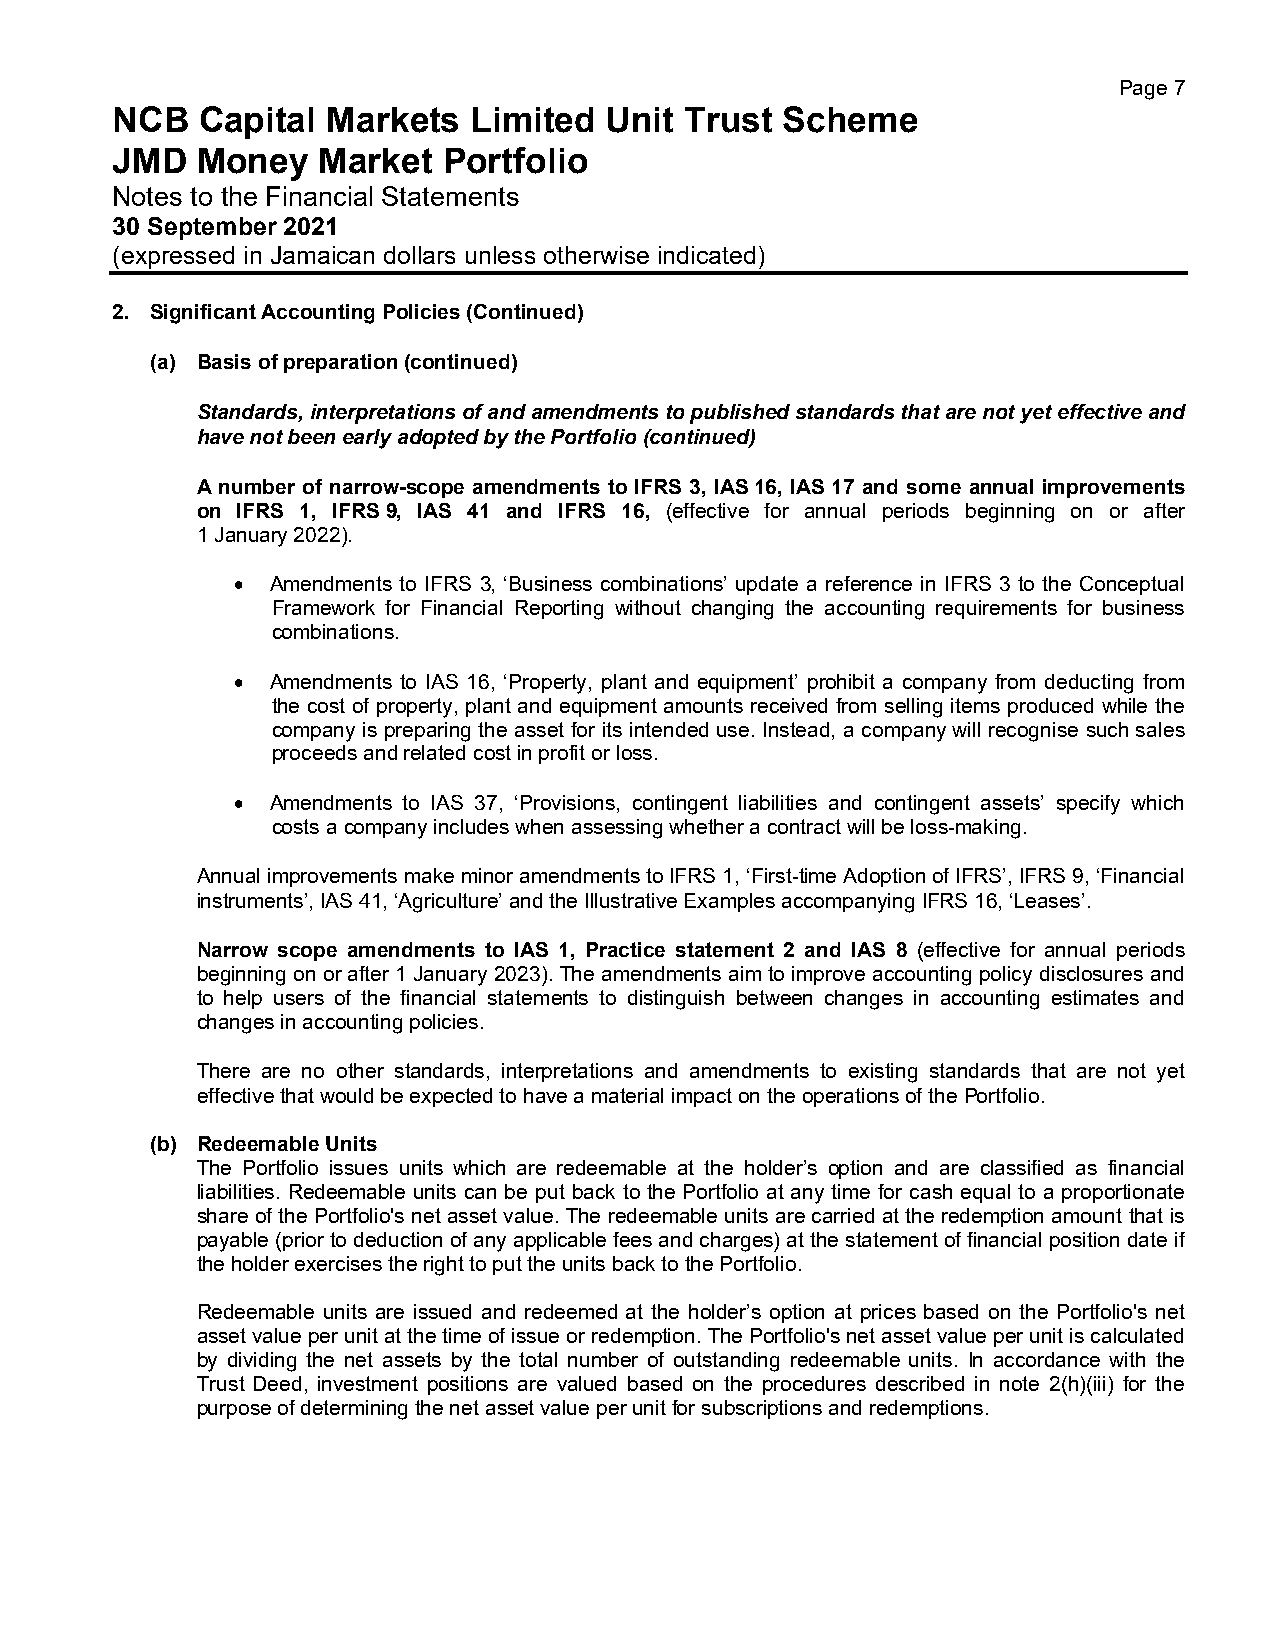
Page 7
 NCB   Capital  Markets  Limited  Unit Trust  Scheme
 JMD   Money   Market  Portfolio
 Notes to the Financial Statements
 30 September 2021
 (expressed in Jamaican dollars unless otherwise indicated)
 2. Significant Accounting Policies (Continued)
 (a) Basis of preparation (continued)
 Standards, interpretations of and amendments to published standards that are not yet effective and
 have not been early adopted by the Portfolio (continued)
 A number of narrow-scope amendments to IFRS 3, IAS 16, IAS 17 and some annual improvements
 on IFRS 1, IFRS 9, IAS 41 and IFRS 16, (effective for annual periods beginning on or after
 1 January 2022).
 • Amendments to IFRS 3, ‘Business combinations’ update a reference in IFRS 3 to the Conceptual
 Framework for Financial Reporting without changing the accounting requirements for business
 combinations.
 • Amendments to IAS 16, ‘Property, plant and equipment’ prohibit a company from deducting from
 the cost of property, plant and equipment amounts received from selling items produced while the
 company is preparing the asset for its intended use. Instead, a company will recognise such sales
 proceeds and related cost in profit or loss.
 • Amendments to IAS 37, ‘Provisions, contingent liabilities and contingent assets’ specify which
 costs a company includes when assessing whether a contract will be loss-making.
 Annual improvements make minor amendments to IFRS 1, ‘First-time Adoption of IFRS’, IFRS 9, ‘Financial
 instruments’, IAS 41, ‘Agriculture’ and the Illustrative Examples accompanying IFRS 16, ‘Leases’.
 Narrow scope amendments to IAS 1, Practice statement 2 and IAS 8 (effective for annual periods
 beginning on or after 1 January 2023). The amendments aim to improve accounting policy disclosures and
 to help users of the financial statements to distinguish between changes in accounting estimates and
 changes in accounting policies.
 There are no other standards, interpretations and amendments to existing standards that are not yet
 effective that would be expected to have a material impact on the operations of the Portfolio.
 (b) Redeemable Units
 The Portfolio issues units which are redeemable at the holder’s option and are classified as financial
 liabilities. Redeemable units can be put back to the Portfolio at any time for cash equal to a proportionate
 share of the Portfolio's net asset value. The redeemable units are carried at the redemption amount that is
 payable (prior to deduction of any applicable fees and charges) at the statement of financial position date if
 the holder exercises the right to put the units back to the Portfolio.
 Redeemable units are issued and redeemed at the holder’s option at prices based on the Portfolio's net
 asset value per unit at the time of issue or redemption. The Portfolio's net asset value per unit is calculated
 by dividing the net assets by the total number of outstanding redeemable units. In accordance with the
 Trust Deed, investment positions are valued based on the procedures described in note 2(h)(iii) for the
 purpose of determining the net asset value per unit for subscriptions and redemptions.